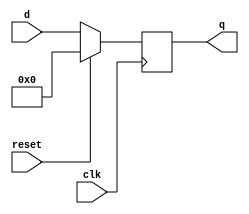
module top_module (
    input clk,
    input reset,            // Synchronous reset
    input [7:0] d,
    output [7:0] q
);
    always @(posedge clk)   begin
        if(~reset)
            q <= d;
        else
            q <= 3'b000; 
    end

endmodule